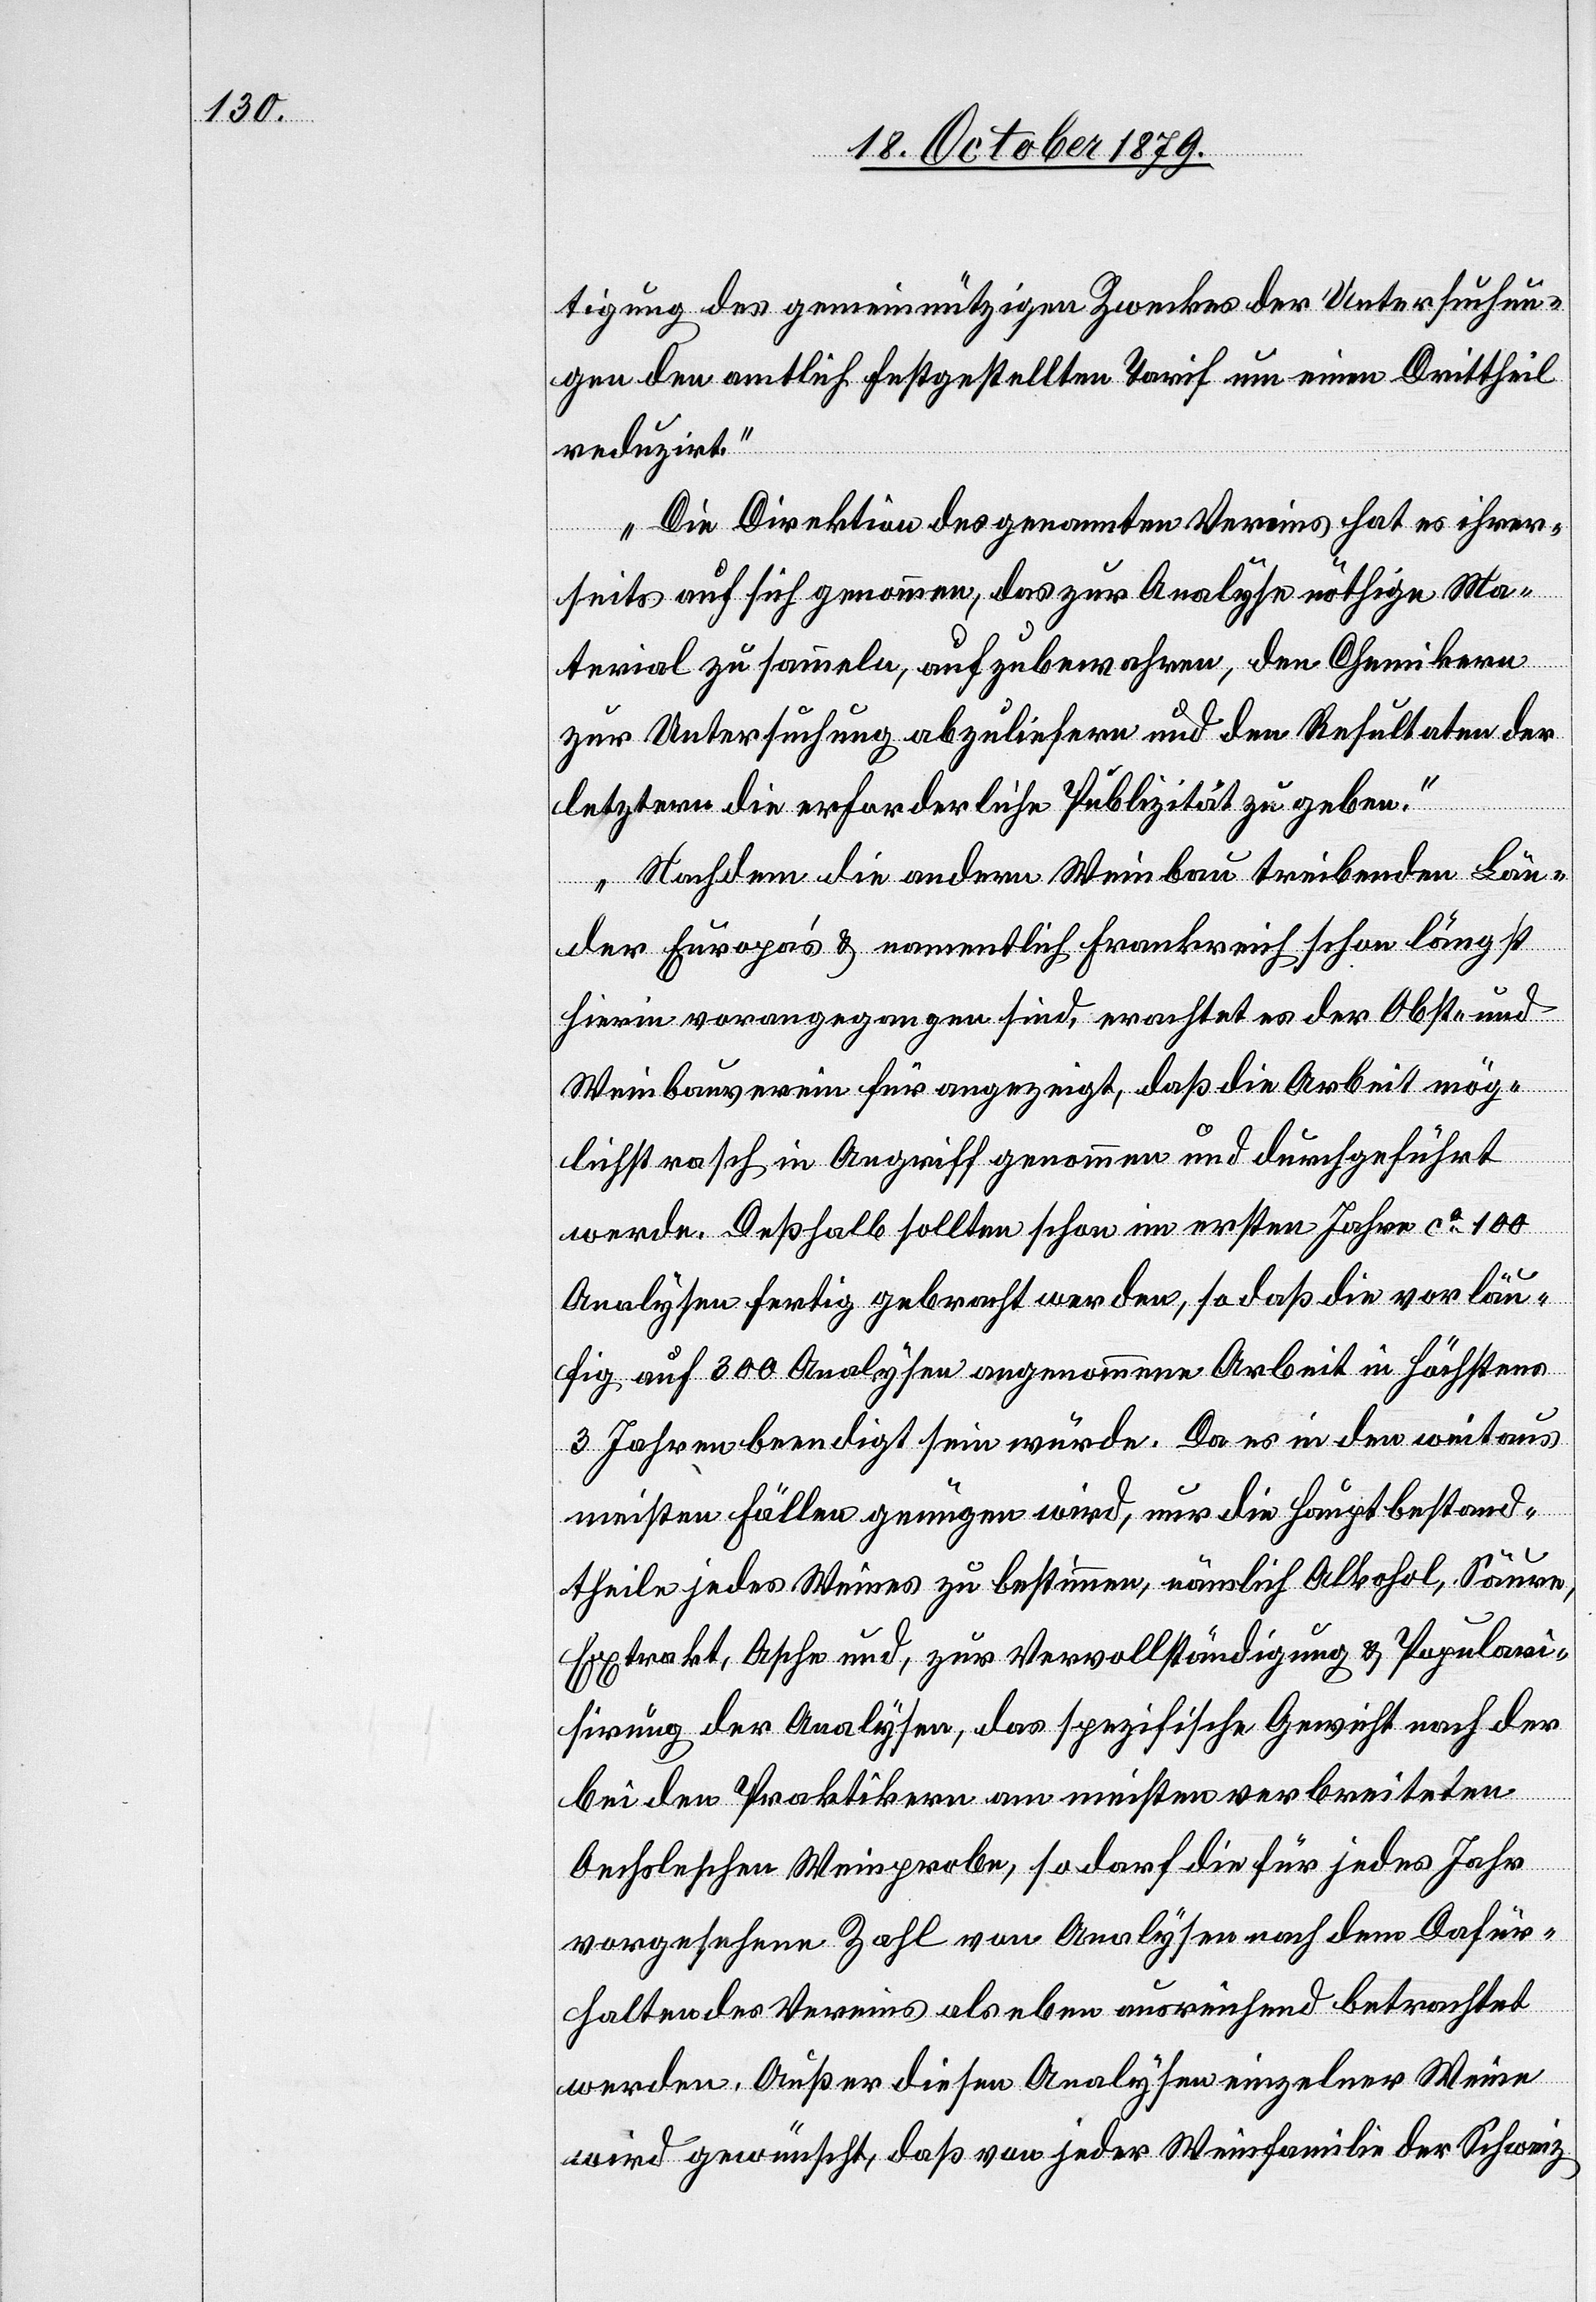
tigung des gemeinnützigen Zweckes der Untersuchun¬
g den amtlich festgestellten Tarif um einen Drittheil
reduzirt.
Die Direktion des genannten Vereins hat es ihrer¬
seits auf sich genommen, das zur Analyse nöthige Ma¬
terial zu sammeln, aufzubewahren, den Chemikern
zur Untersuchung abzuliefern und den Resultaten der
letztern die erforderliche Publizität zu geben.
Nachdem die andern Weinbau treibenden Län¬
der Europas & namentlich Frankreich schon längst
hierin vorangegangen sind, erachtet es der Obst- und
Weinbauverein für angezeigt, daß die Arbeit mög¬
lichst rasch in Angriff genommen und durchgeführt
werde. Deßhalb sollten schon im ersten Jahre ca 100
Analysen fertig gebracht werden, so daß die vorläu¬
fig auf 300 Analysen angenommene Arbeit in höchstens
3 Jahren beendigt sein würde. Da es in den weitaus
meisten Fällen genügen wird, nur die Hauptbestand¬
theile jedes Weines zu bestimmen nämlich Alkohol, Säure,
Extrakt, Asche und, zur Vervollständigung & Populari¬
sirung der Analysen, das spezifische Gewicht nach der
bei den Praktikern am meisten verbreiteten
Ancholeschen Weinprobe, so darf die für jedes Jahr
vorgesehene Zahl von Analysen nach dem Dafür¬
halten des Vereins als eben ausreichend betrachtet
werden. Außer diesen Analysen einzelner Weine
wird gewünscht, daß von jeder Weinfamilie der Schweiz